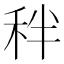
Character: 秚